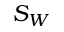
S _ { W }